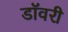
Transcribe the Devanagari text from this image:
डॉवरी